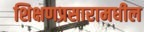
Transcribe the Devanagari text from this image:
शिक्षणप्रसारामधील